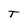
Character: T